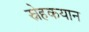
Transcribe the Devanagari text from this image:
स्नेहकयान